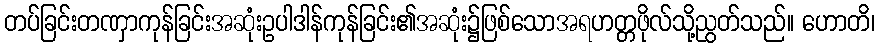
တပ်ခြင်းတဏှာကုန်ခြင်းအဆုံးဥပါဒါန်ကုန်ခြင်း၏အဆုံး၌ဖြစ်သောအရဟတ္တဖိုလ်သို့ညွတ်သည်။ ဟောတိ၊